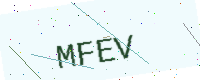
Text: MFEV